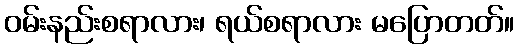
ဝမ်းနည်းစရာလား၊ ရယ်စရာလား မပြောတတ်။